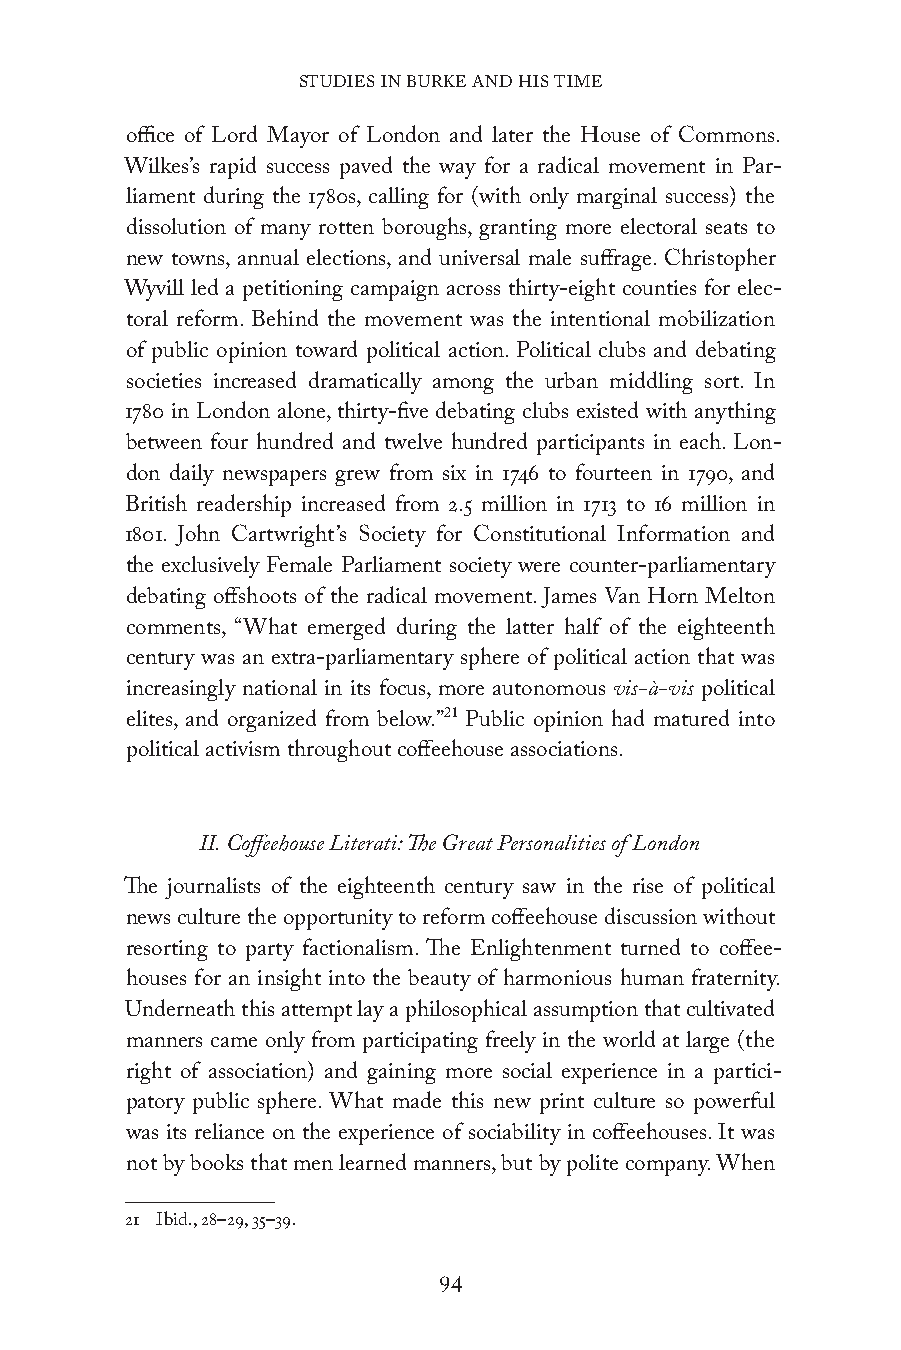
STUDIES IN BURKE AND HIS TIME
 office of Lord Mayor of London and later the House of Commons.
 Wilkes’s rapid success paved the way for a radical movement in Par-
 liament during the 1780s, calling for (with only marginal success) the
 dissolution of many rotten boroughs, granting more electoral seats to
 new towns, annual elections, and universal male suffrage. Christopher
 Wyvill led a petitioning campaign across thirty-eight counties for elec-
 toral reform. Behind the movement was the intentional mobilization
 of public opinion toward political action. Political clubs and debating
 societies increased dramatically among the urban middling sort. In
 1780 in London alone, thirty-five debating clubs existed with anything
 between four hundred and twelve hundred participants in each. Lon-
 don daily newspapers grew from six in 1746 to fourteen in 1790, and
 British readership increased from 2.5 million in 1713 to 16 million in
 1801. John Cartwright’s Society for Constitutional Information and
 the exclusively Female Parliament society were counter-parliamentary
 debating offshoots of the radical movement. James Van Horn Melton
 comments, “What emerged during the latter half of the eighteenth
 century was an extra-parliamentary sphere of political action that was
 increasingly national in its focus, more autonomous vis-à-vis political
 elites, and organized from below.”21 Public opinion had matured into
 political activism throughout coffeehouse associations.
 II. Coffeehouse Literati: The Great Personalities of London
 The journalists of the eighteenth century saw in the rise of political
 news culture the opportunity to reform coffeehouse discussion without
 resorting to party factionalism. The Enlightenment turned to coffee-
 houses for an insight into the beauty of harmonious human fraternity.
 Underneath this attempt lay a philosophical assumption that cultivated
 manners came only from participating freely in the world at large (the
 right of association) and gaining more social experience in a partici-
 patory public sphere. What made this new print culture so powerful
 was its reliance on the experience of sociability in coffeehouses. It was
 not by books that men learned manners, but by polite company. When
 21 Ibid., 28–29, 35–39.
 94